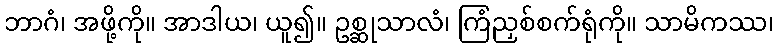
ဘာဂံ၊ အဖို့ကို။ အာဒါယ၊ ယူ၍။ ဥစ္ဆုသာလံ၊ ကြံညှစ်စက်ရုံကို။ သာမိကဿ၊